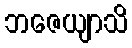
ဘဇေယျာသိ